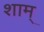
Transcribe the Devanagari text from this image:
शाम्